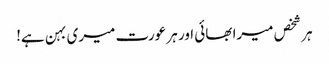
ہر شخص میرا بھائی اور ہر عورت میری بہن ہے!